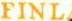
FINL